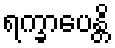
ရက္ခာပေန္တိ